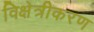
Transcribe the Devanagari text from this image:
विक्षेत्रीकरण